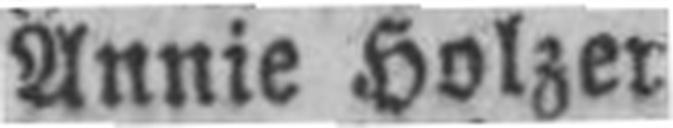
Annie Holzer